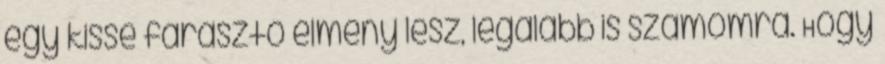
egy kissé fárasztó élmény lesz, legalább is számomra. Hogy